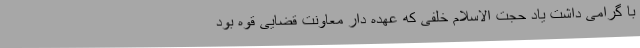
با گرامی داشت یاد حجت الاسلام خلفی که عهده دار معاونت قضایی قوه بود